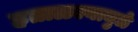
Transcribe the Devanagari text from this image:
हताळल्यामुळे